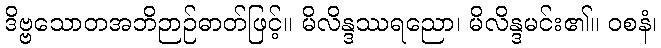
ဒိဗ္ဗသောတအဘိဉာဉ်ဓာတ်ဖြင့်။ မိလိန္ဒဿရညော၊ မိလိန္ဒမင်း၏။ ဝစနံ၊